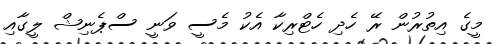
މީގެ އިތުރުން ރޭ ހެދި ހެޓްރިކާ އެކު މެސީ ވަނީ ސްޕެނިޝް ލީގާއި